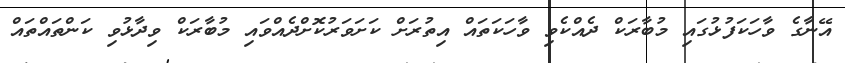
އޭނާގެ ވާހަކަފުޅުގައި މުބާރަކް ދެއްކެވި ވާހަކަތައް އިތުރަށް ކަށަވަރުކޮށްދެއްވައި މުބާރަކް ވިދާޅުވި ކަންތައްތައް